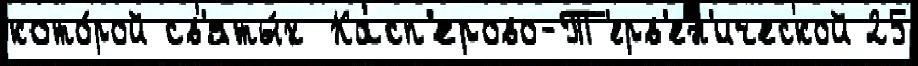
кото́рой св'яты́х Касп'ерово-Т'ерв'ен'ической 25